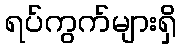
ရပ်ကွက်များရှိ